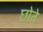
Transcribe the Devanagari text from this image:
छोते